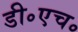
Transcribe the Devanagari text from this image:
डी॰एच॰